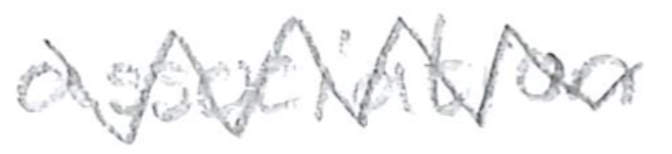
Text: association
Cross-out: zig-zag
Writing tool: pencil